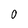
Character: 0